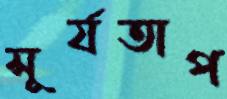
সূর্যতাপ